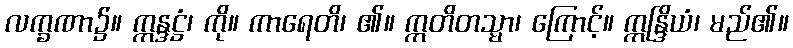
လက္ခဏာ၌။ ဣန္ဒဋ္ဌံ၊ ကို။ ကာရေတိ၊ ၏။ ဣတိတသ္မာ၊ ကြောင့်။ ဣန္ဒြိယံ၊ မည်၏။